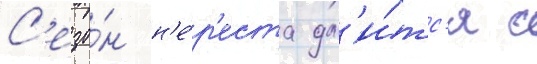
С'езо́н н'е́р'еста дл'и́тс'я с